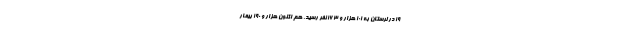
۱۹ در لرستان به ۱۰۱ هزار و ۱۶۳ نفر رسید. هم اکنون هزار و ۱۹۰ بیمار